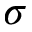
\sigma